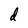
Character: d